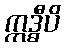
ဣဒ္ဓီပိ